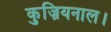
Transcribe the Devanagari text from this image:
कुज़ियनाल।